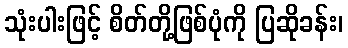
သုံးပါးဖြင့် စိတ်တို့ဖြစ်ပုံကို ပြဆိုခန်း၊